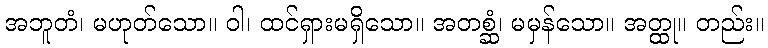
အဘူတံ၊ မဟုတ်သော။ ဝါ၊ ထင်ရှားမရှိသော။ အတစ္ဆံ၊ မမှန်သော။ အတ္ထု။ တည်း။